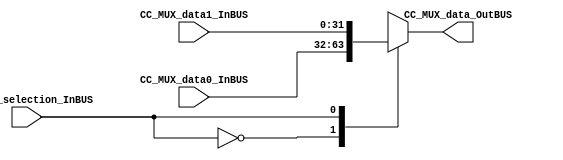
//=======================================================
//  MODULE Definition
//=======================================================
module MUX_2 #(parameter DATAWIDTH_MUX_SELECTION=1, parameter DATAWIDTH_BUS=32)(
	//////////// OUTPUTS //////////
	CC_MUX_data_OutBUS,
	//////////// INPUTS //////////
	CC_MUX_data0_InBUS,
	CC_MUX_data1_InBUS,	
	CC_MUX_selection_InBUS
);
//=======================================================
//  PARAMETER declarations
//=======================================================

//=======================================================
//  PORT declarations
//=======================================================
output reg	[DATAWIDTH_BUS-1:0] CC_MUX_data_OutBUS;
input			[DATAWIDTH_BUS-1:0] CC_MUX_data0_InBUS;
input			[DATAWIDTH_BUS-1:0] CC_MUX_data1_InBUS;
input			[DATAWIDTH_MUX_SELECTION-1:0] CC_MUX_selection_InBUS;
//=======================================================
//  REG/WIRE declarations
//=======================================================

//=======================================================
//  Structural coding
//=======================================================
//INPUT LOGIC: COMBINATIONAL
always@(*)
begin
	case (CC_MUX_selection_InBUS)	
	// Example to more outputs: WaitStart: begin sResetCounter = 0; sCuenteUP = 0; end
		1'b0: CC_MUX_data_OutBUS = CC_MUX_data0_InBUS;
		1'b1: CC_MUX_data_OutBUS = CC_MUX_data1_InBUS;
		default :   CC_MUX_data_OutBUS = CC_MUX_data0_InBUS; // channel 0 is selected 
	endcase
end
//=======================================================
//  Outputs
//=======================================================
// OUTPUT LOGIC : COMBINATIONAL

endmodule